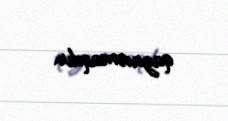
qazanmaqdır.